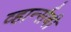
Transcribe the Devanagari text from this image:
व्हार्न्सबी